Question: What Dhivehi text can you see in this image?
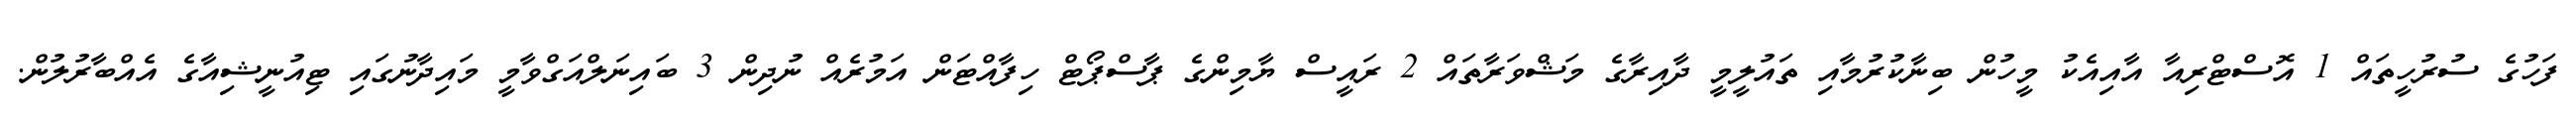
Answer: ފަހުގެ ސުރުހީތައް 1 އޮސްޓްރިއާ އާއިއެކު މީހުން ބިނާކުރުމާއި ތައުލީމީ ދާއިރާގެ މަޝްވަރާތައް 2 ރައީސް ޔާމިންގެ ޕާސްޕޯޓް ހިފާއްޓަން އަމުރެއް ނުދިން 3 ބައިނަލްއަގްވާމީ މައިދާނުގައި ޓިއުނީޝިއާގެ އެއްބާރުލުން.